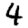
Digit: 4